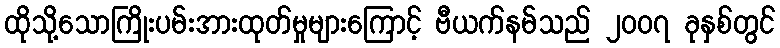
ထိုသို့သောကြိုးပမ်းအားထုတ်မှုများကြောင့် ဗီယက်နမ်သည် ၂၀၀၇ ခုနှစ်တွင်